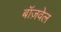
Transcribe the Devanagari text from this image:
बॉज़वेल